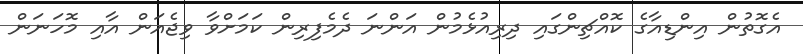
އެގޮތުން އިންޑިއާގެ ކޮއްޗިންގައި ދިރިއުޅެމުން އަންނަ ދެމެފިރިން ކަމަށްވާ ވިޖެއަން އާއި މޮހަނަން